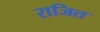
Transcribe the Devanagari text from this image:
राजित